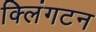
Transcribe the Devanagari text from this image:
क्लिंगटन